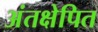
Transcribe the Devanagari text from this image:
अंतक्षेपित